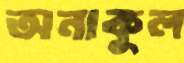
অনাকুল